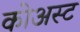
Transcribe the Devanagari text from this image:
कोअस्ट